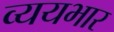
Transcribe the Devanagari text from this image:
व्ययभार